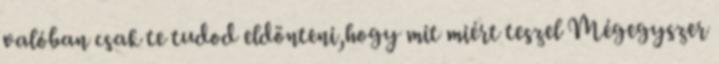
valóban csak te tudod eldönteni,hogy mit miért teszel Mégegyszer